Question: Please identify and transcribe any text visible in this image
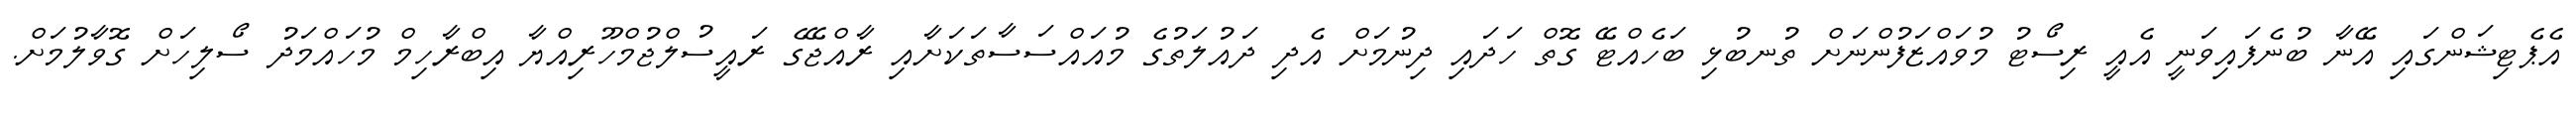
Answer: އެޕެޓިޝަންގައި އޭނާ ބުނެފައިވަނީ އެއީ ރިސޯޓު މުވައްޒަފުންނަށް ތުނބުޅި ބަހެއްޓޭ ގޮތް ހަދައި ދިނުމަށް އެދި ދައުލަތުގެ މުއައްސަސާތަކަށާއި ރާއްޖޭގެ ރައީސުލްޖުމްހޫރިއްޔާ އިބްރާހިމް މުހައްމަދު ސޯލިހަށް ގޮވާލުމަށް.